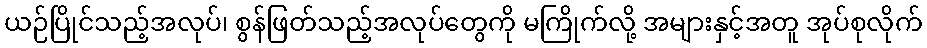
ယဉ်ပြိုင်သည့်အလုပ်၊ စွန်ဖြတ်သည့်အလုပ်တွေကို မကြိုက်လို့ အများနှင့်အတူ အုပ်စုလိုက်